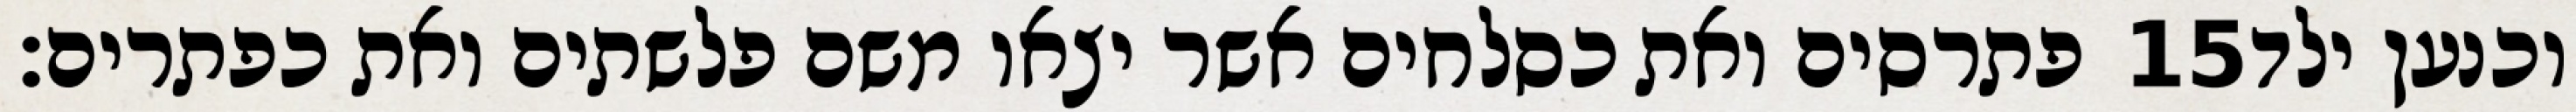
פתרסים ואת כסלחים אשר יצאו משם פלשתים ואת כפתרים׃ ‎15‏ וכנען ילד